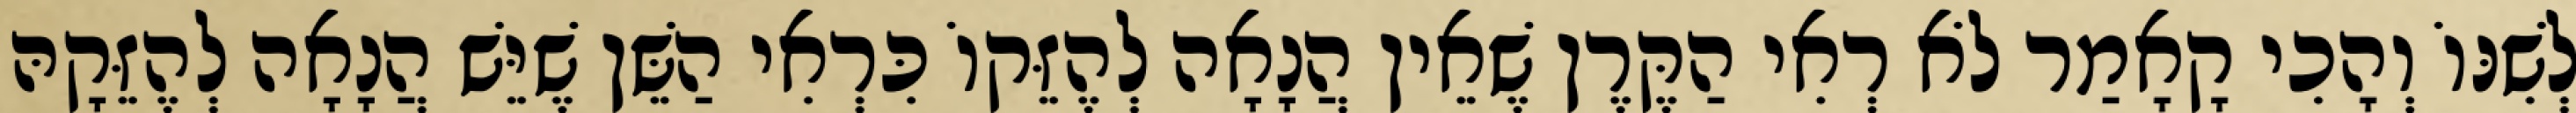
לְשִׁנּוֹ וְהָכִי קָאָמַר לֹא רְאִי הַקֶּרֶן שֶׁאֵין הֲנָאָה לְהֶזֵּקוֹ כִּרְאִי הַשֵּׁן שֶׁיֵּשׁ הֲנָאָה לְהֶזֵּקָהּ